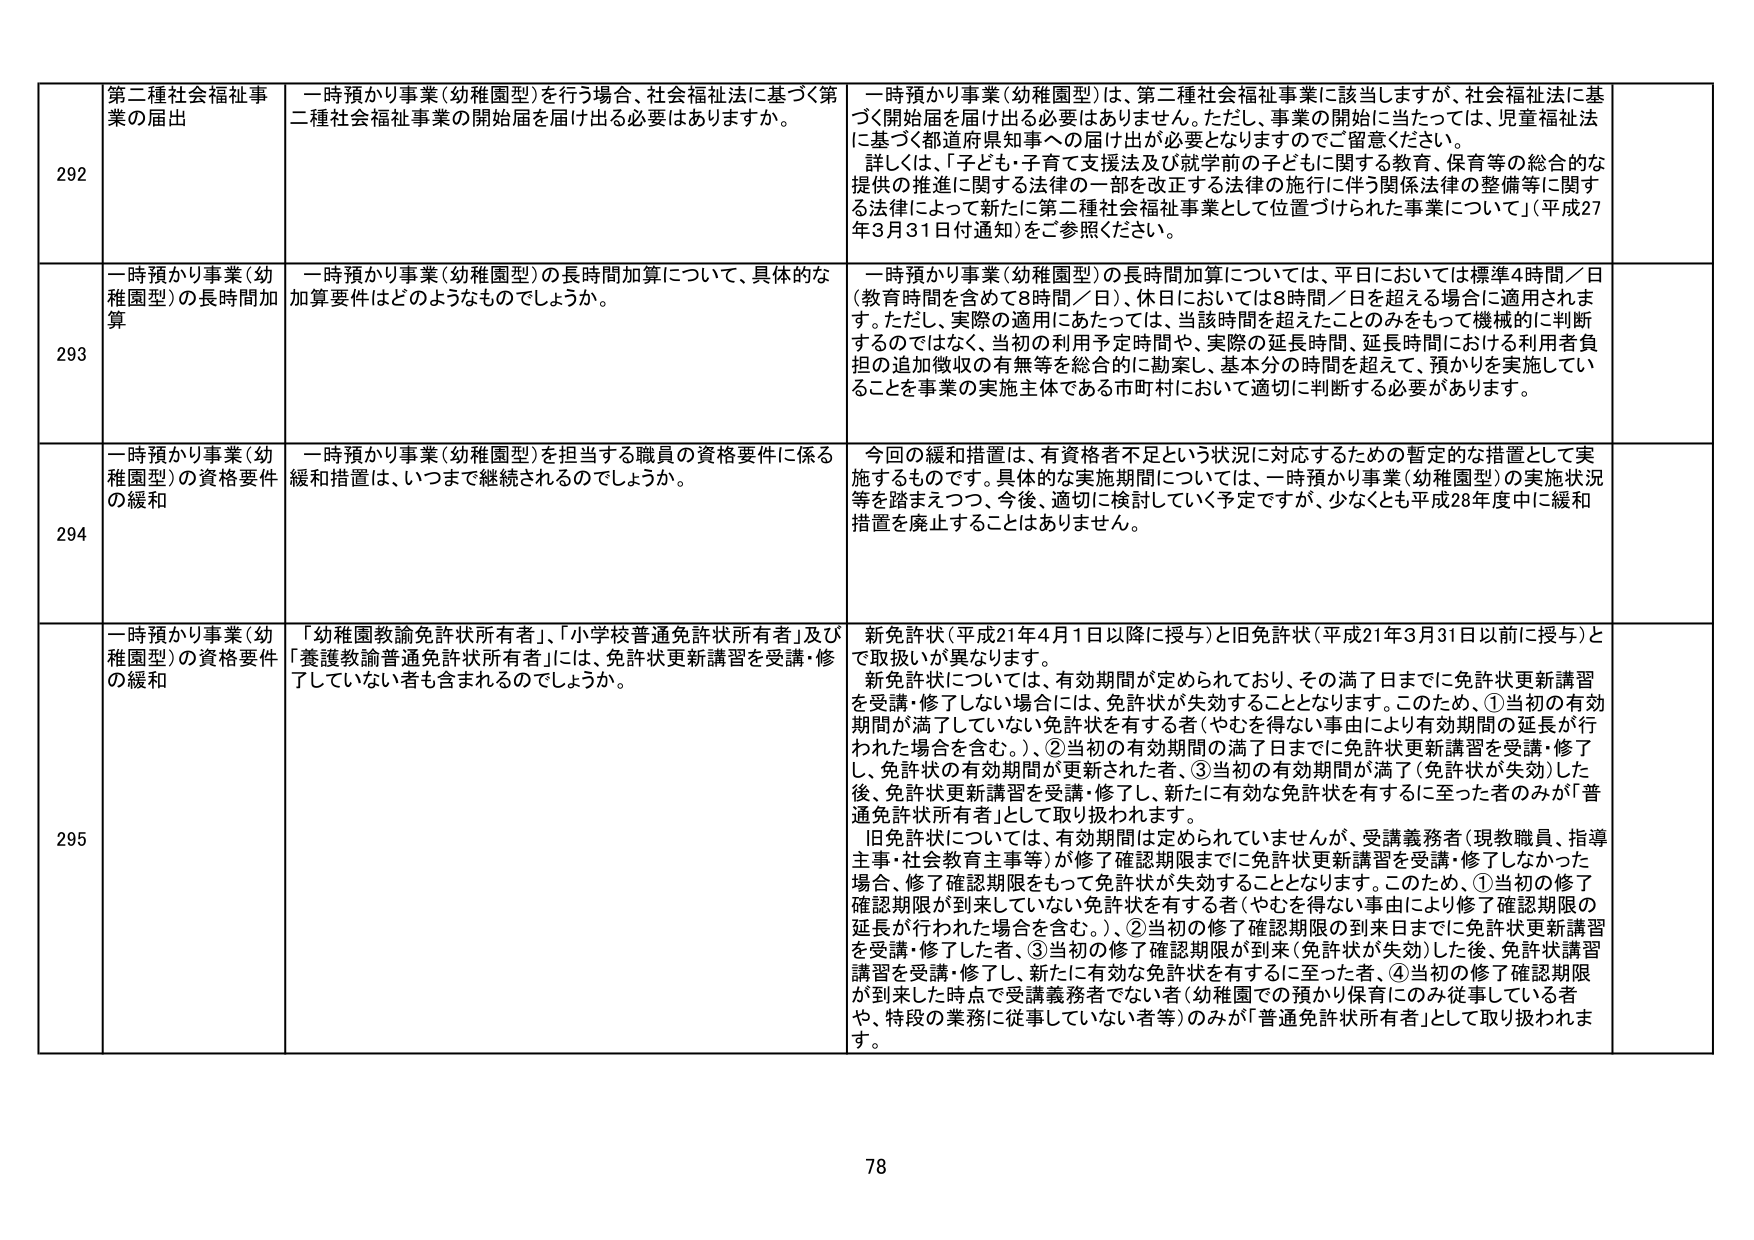
292 第二種社会福祉事業の届出 一時預かり事業（幼稚園型）を行う場合、社会福祉法に基づく第二種社会福祉事業の開始届を届け出る必要がありますか。 一時預かり事業（幼稚園型）は、第二種社会福祉事業に該当しますが、社会福祉法に基づく開始届を届け出る必要はありません。ただし、事業の開始に当たっては、児童福祉法に基づく都道府県知事への届け出が必要となりますのでご留意ください。 詳しくは、「子ども・子育て支援法及び就学前の子どもに関する教育、保育等の総合的な提供の推進に関する法律の一部を改正する法律の施行に伴う関係法律の整備等に関する法律によって新たに第二種社会福祉事業として位置づけられた事業について」（平成27年3月31日付通知）をご参照ください。

293 一時預かり事業（幼稚園型）の長時間加算 一時預かり事業（幼稚園型）の長時間加算について、具体的な加算要件はどのようなものでしょうか。 一時預かり事業（幼稚園型）の長時間加算については、平日においては標準4時間／日（教育時間を含めて8時間／日）、休日においては8時間／日を超える場合に適用されます。ただし、実際の適用にあたっては、当該時間を超えたことのみをもって機械的に判断するのではなく、当初の利用予定時間や、実際の延長時間、延長時間における利用者負担の追加徴収の有無等を総合的に勘案し、基本分の時間を超えて、預かりを実施していることを事業の実施主体である市町村において適切に判断する必要があります。

294 一時預かり事業（幼稚園型）の資格要件の緩和 一時預かり事業（幼稚園型）を担当する職員の資格要件に係る緩和措置は、いつまで継続されるのでしょうか。 今回の緩和措置は、有資格者不足という状況に対応するための暫定的な措置として実施するものです。具体的な実施期間については、一時預かり事業（幼稚園型）の実施状況等を踏まえつつ、今後、適切に検討していく予定ですが、少なくとも平成28年度中に緩和措置を廃止することはありません。

295 一時預かり事業（幼稚園型）の資格要件の緩和 「幼稚園教諭免許状所有者」、「小学校普通免許状所有者」及び「養護教諭普通免許状所有者」には、免許状更新講習を受講・修了していない者も含まれるのでしょうか。 新免許状（平成21年4月1日以降に授与）と旧免許状（平成21年3月31日以前に授与）とで取扱いが異なります。 新免許状については、有効期間が定められており、その満了日までに免許状更新講習を受講・修了しない場合には、免許状が失効することとなります。このため、①当初の有効期間が満了していない免許状を有する者（やむを得ない事由により有効期間の延長が行われた場合を含む。）、②当初の有効期間の満了日までに免許状更新講習を受講・修了し、免許状の有効期間が更新された者、③当初の有効期間が満了（免許状が失効）した後、免許状更新講習を受講・修了し、新たに有効な免許状を有するに至った者のみが「普通免許状所有者」として取り扱われます。 旧免許状については、有効期間は定められていませんが、受講義務者（現教職員、指導主事・社会教育主事等）が修了確認期限までに免許状更新講習を受講・修了しなかった場合、修了確認期限をもって免許状が失効することとなります。このため、①当初の修了確認期限が到来していない免許状を有する者（やむを得ない事由により修了確認期限の延長が行われた場合を含む。）、②当初の修了確認期限の到来日までに免許状更新講習を受講・修了した者、③当初の修了確認期限が到来（免許状が失効）した後、免許状更新講習を受講・修了し、新たに有効な免許状を有するに至った者、④当初の修了確認期限が到来した時点で受講義務者でない者（幼稚園での預かり保育のみ従事している者や、特段の業務に従事していない者等）のみが「普通免許状所有者」として取り扱われます。

78